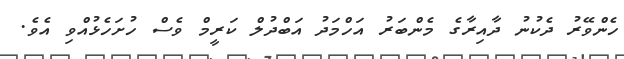
ހެންވޭރު ދެކުނު ދާއިރާގެ މެންބަރު އަހްމަދު އަބްދުލް ކަރީމް ވެސް ހުށަހެޅުއްވި އެވެ.